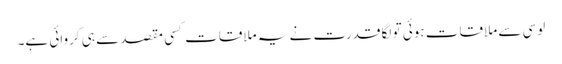
لوسی سے ملاقات ہوئی تو لگا قدرت نے یہ ملاقات کسی مقصد سے ہی کروائی ہے۔